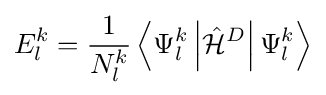
E_{l}^{k}={\frac {1}{N_{l}^{k}}}\left\langle \Psi _{l}^{k}\left|{\hat {\mathcal {H}}}^{D}\right|\Psi _{l}^{k}\right\rangle